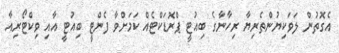
އެގޮތުން ލަވަކިޔުންތެރިޔާ ރިހާނާގެ ބިއުޓީ ޕްރޮޑަކްޓެއް ކަމަށްވާ ފެންޓީ ބިއުޓީ އާއި ވިކްޓޯރިއާ